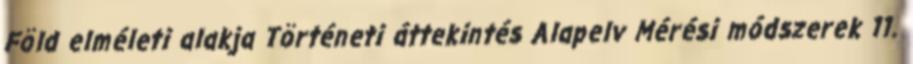
Föld elméleti alakja Történeti áttekintés Alapelv Mérési módszerek 11.